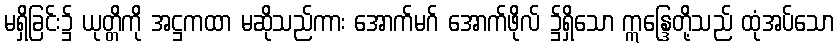
မရှိခြင်း၌ ယုတ္တိကို အဋ္ဌကထာ မဆိုသည်ကား အောက်မဂ် အောက်ဖိုလ် ၌ရှိသော ဣန္ဒြေတို့သည် ထုံအပ်သော